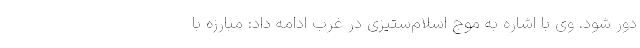
دور شود. وی با اشاره به موج اسلام‌ستیزی در غرب ادامه داد: مبارزه با